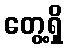
တွေ့ရှိ